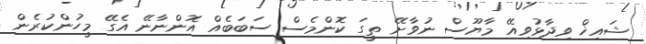
ޝައިޚް ވިދާޅުވިއޭ މާޔޫސް ނުވާށޭ ތީގަ ކޮންމެސް ސަބަބެއް އޮންނާނޭ އެގޭ މީހުންކުރެން